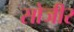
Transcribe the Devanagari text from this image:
सोजीर